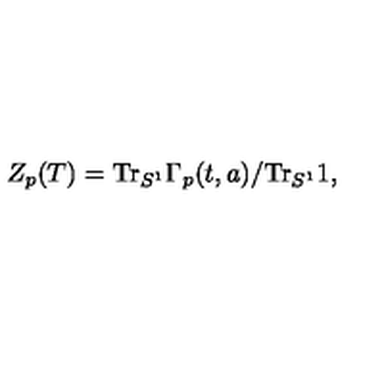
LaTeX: Z _ { p } ( T ) = \mathrm { T r } _ { S ^ { 1 } } \Gamma _ { p } ( t , a ) / \mathrm { T r } _ { S ^ { 1 } } 1 ,